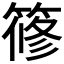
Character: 𥱤